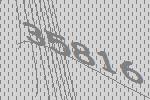
35816